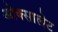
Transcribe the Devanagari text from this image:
ओक्सालेट